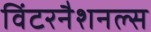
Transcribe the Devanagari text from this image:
विंटरनैशनल्स